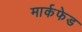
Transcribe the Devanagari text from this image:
मार्कफेड